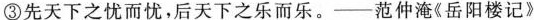
③先天下之忧而忧，后天下之乐而乐。——范仲淹《岳阳楼记》